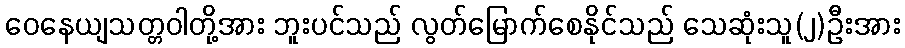
ဝေနေယျသတ္တဝါတို့အား ဘူးပင်သည် လွတ်မြောက်စေနိုင်သည် သေဆုံးသူ(၂)ဦးအား